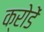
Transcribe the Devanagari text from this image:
क्रोडें